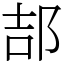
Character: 郆